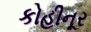
કોહીનૂર